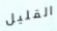
القليل